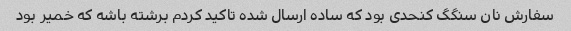
سفارش نان سنگگ کنحدی بود که ساده ارسال شده تاکید کردم برشته باشه که خمیر بود